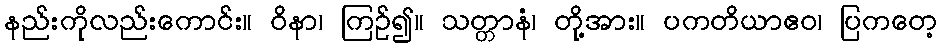
နည်းကိုလည်းကောင်း။ ဝိနာ၊ ကြဉ်၍။ သတ္တာနံ၊ တို့အား။ ပကတိယာဧဝ၊ ပြကတေ့